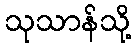
သုသာန်သို့